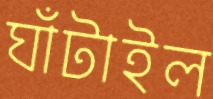
ঘাঁটাইল